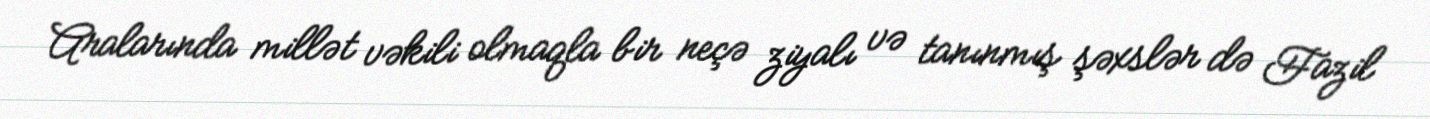
Aralarında millət vəkili olmaqla bir neçə ziyalı və tanınmış şəxslər də Fazil